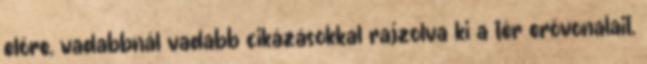
előre, vadabbnál vadabb cikázásokkal rajzolva ki a tér erővonalait,